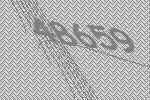
48659